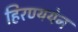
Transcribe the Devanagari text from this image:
हिरण्ययेन